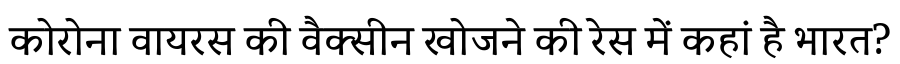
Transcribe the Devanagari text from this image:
कोरोना वायरस की वैक्सीन खोजने की रेस में कहां है भारत?